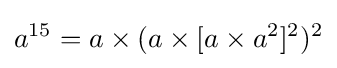
a^{15}=a\times (a\times [a\times a^{2}]^{2})^{2}